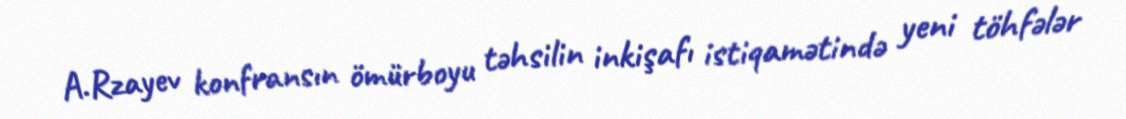
A.Rzayev konfransın ömürboyu təhsilin inkişafı istiqamətində yeni töhfələr